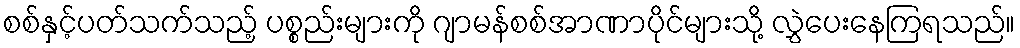
စစ်နှင့်ပတ်သက်သည့် ပစ္စည်းများကို ဂျာမန်စစ်အာဏာပိုင်များသို့ လွှဲပေးနေကြရသည်။